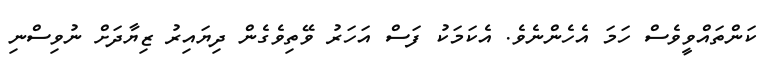
ކަންތައްވީވެސް ހަމަ އެހެންނެވެ. އެކަމަކު ފަސް އަހަރު ވޭތިވެގެން ދިޔައިރު ޒިޔާދަށް ނުވިސްނި